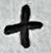
Text: +